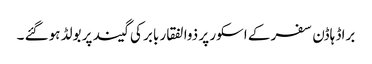
براڈ ہاڈن سفر کے اسکور پر ذوالفقار بابر کی گیند پر بولڈ ہوگئے ۔